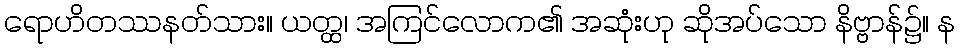
ရောဟိတဿနတ်သား။ ယတ္ထ၊ အကြင်လောက၏ အဆုံးဟု ဆိုအပ်သော နိဗ္ဗာန်၌။ န